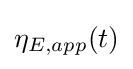
\eta _{E,app}(t)